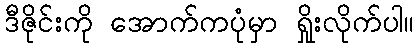
ဒီဇိုင်းကို အောက်ကပုံမှာ ရှိုးလိုက်ပါ။